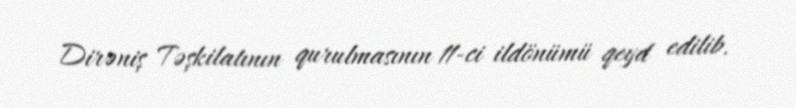
Dirəniş Təşkilatının qurulmasının 11-ci ildönümü qeyd edilib.